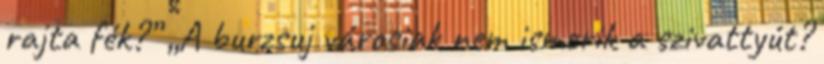
rajta fék?” „A burzsuj városiak nem ismerik a szivattyút?